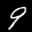
Label: 9